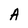
Character: A